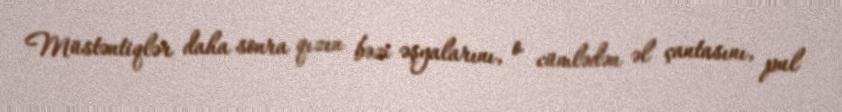
Müstəntiqlər daha sonra qızın bəzi əşyalarını, o cümlədən əl çantasını, pul